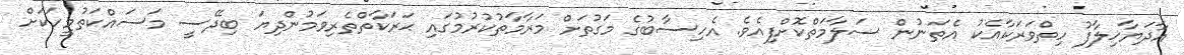
އާދަޔާޚިލާފު ހިތްވަރަކާއެކު އެތަނުން ސަލާމަތްކޮށްފިއެވެ. އެހިސާބުގެ މަގުތަށް މަރާމާތުކުރުމުގައި ޙަރަކާތްތެރިވަމުންދިޔަ ބިދޭސީ މަސައްކަތުމީހަކަށް